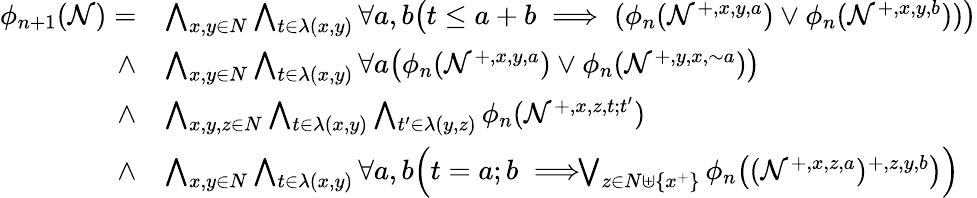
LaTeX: \begin{array}{rl}{\phi_{n+1}(\mathcal{N})=}&{\bigwedge_{x,y\in N}\bigwedge_{t\in\lambda(x,y)}\forall a,b\big(t\leq a+b\implies(\phi_{n}(\mathcal{N}^{+,x,y,a})\vee\phi_{n}(\mathcal{N}^{+,x,y,b}))\big)}\\ {\wedge}&{\bigwedge_{x,y\in N}\bigwedge_{t\in\lambda(x,y)}\forall a\big(\phi_{n}(\mathcal{N}^{+,x,y,a})\vee\phi_{n}(\mathcal{N}^{+,y,x,{\sim}a})\big)}\\ {\wedge}&{\bigwedge_{x,y,z\in N}\bigwedge_{t\in\lambda(x,y)}\bigwedge_{t^{\prime}\in\lambda(y,z)}\phi_{n}(\mathcal{N}^{+,x,z,t;t^{\prime}})}\\ {\wedge}&{\bigwedge_{x,y\in N}\bigwedge_{t\in\lambda(x,y)}\forall a,b\Big(t=a;b\implies\! \! \! \! \bigvee_{z\in N\uplus\{ x^{+}\} }\phi_{n}\big((\mathcal{N}^{+,x,z,a})^{+,z,y,b}\big)\Big)}\end{array}